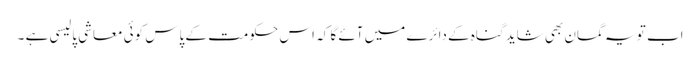
اب تو یہ گمان بھی شاید گناہ کے دائرے میں آئے گا کہ اس حکومت کے پاس کوئی معاشی پالیسی ہے ۔